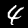
Label: 4